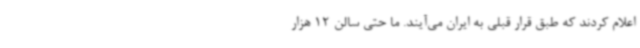
اعلام کردند که طبق قرار قبلی به ایران می‌آیند. ما حتی سالن 12 هزار